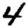
Digit: 4